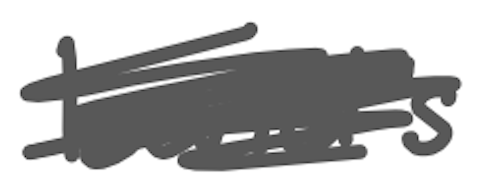
Text: band's
Cross-out: scratch
Writing tool: digital_gray